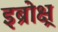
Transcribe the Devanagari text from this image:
इब्रोक्ष्